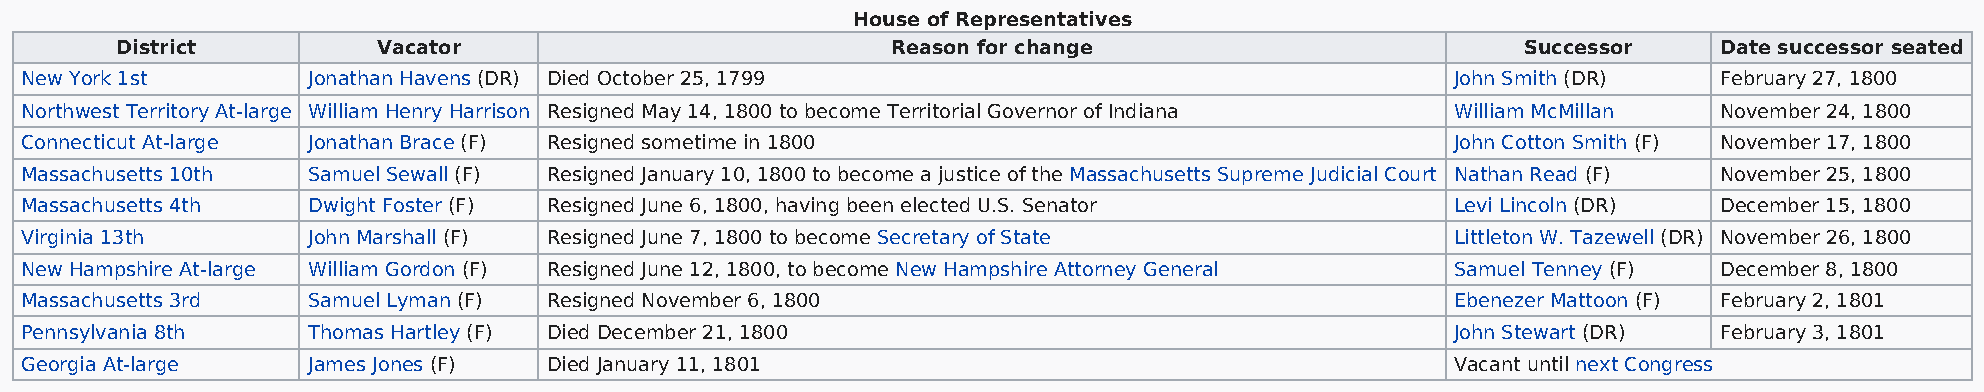
House of Representatives
 District         Vacator                           Reason for change                         Successor    Date successor seated
 New York 1st       Jonathan Havens (DR) Died October 25, 1799                                  John Smith (DR)   February 27, 1800
 Northwest Territory At-large William Henry Harrison Resigned May 14, 1800 to become Territorial Governor of Indiana William McMillan November 24, 1800
 Connecticut At-large Jonathan Brace (F) Resigned sometime in 1800                              John Cotton Smith (F) November 17, 1800
 Massachusetts 10th Samuel Sewall (F) Resigned January 10, 1800 to become a justice of the Massachusetts Supreme Judicial Court Nathan Read (F) November 25, 1800
 Massachusetts 4th  Dwight Foster (F) Resigned June 6, 1800, having been elected U.S. Senator   Levi Lincoln (DR) December 15, 1800
 Virginia 13th      John Marshall (F) Resigned June 7, 1800 to become Secretary of State        Littleton W. Tazewell (DR) November 26, 1800
 New Hampshire At-large William Gordon (F) Resigned June 12, 1800, to become New Hampshire Attorney General Samuel Tenney (F) December 8, 1800
 Massachusetts 3rd  Samuel Lyman (F) Resigned November 6, 1800                                  Ebenezer Mattoon (F) February 2, 1801
 Pennsylvania 8th   Thomas Hartley (F) Died December 21, 1800                                   John Stewart (DR) February 3, 1801
 Georgia At-large   James Jones (F) Died January 11, 1801                                       Vacant until next Congress